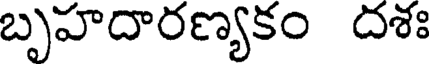
బృహదారణ్యకం దశః